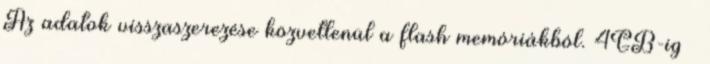
Az adatok visszaszerezése közvetlenül a flash memóriákból. 4GB-ig –